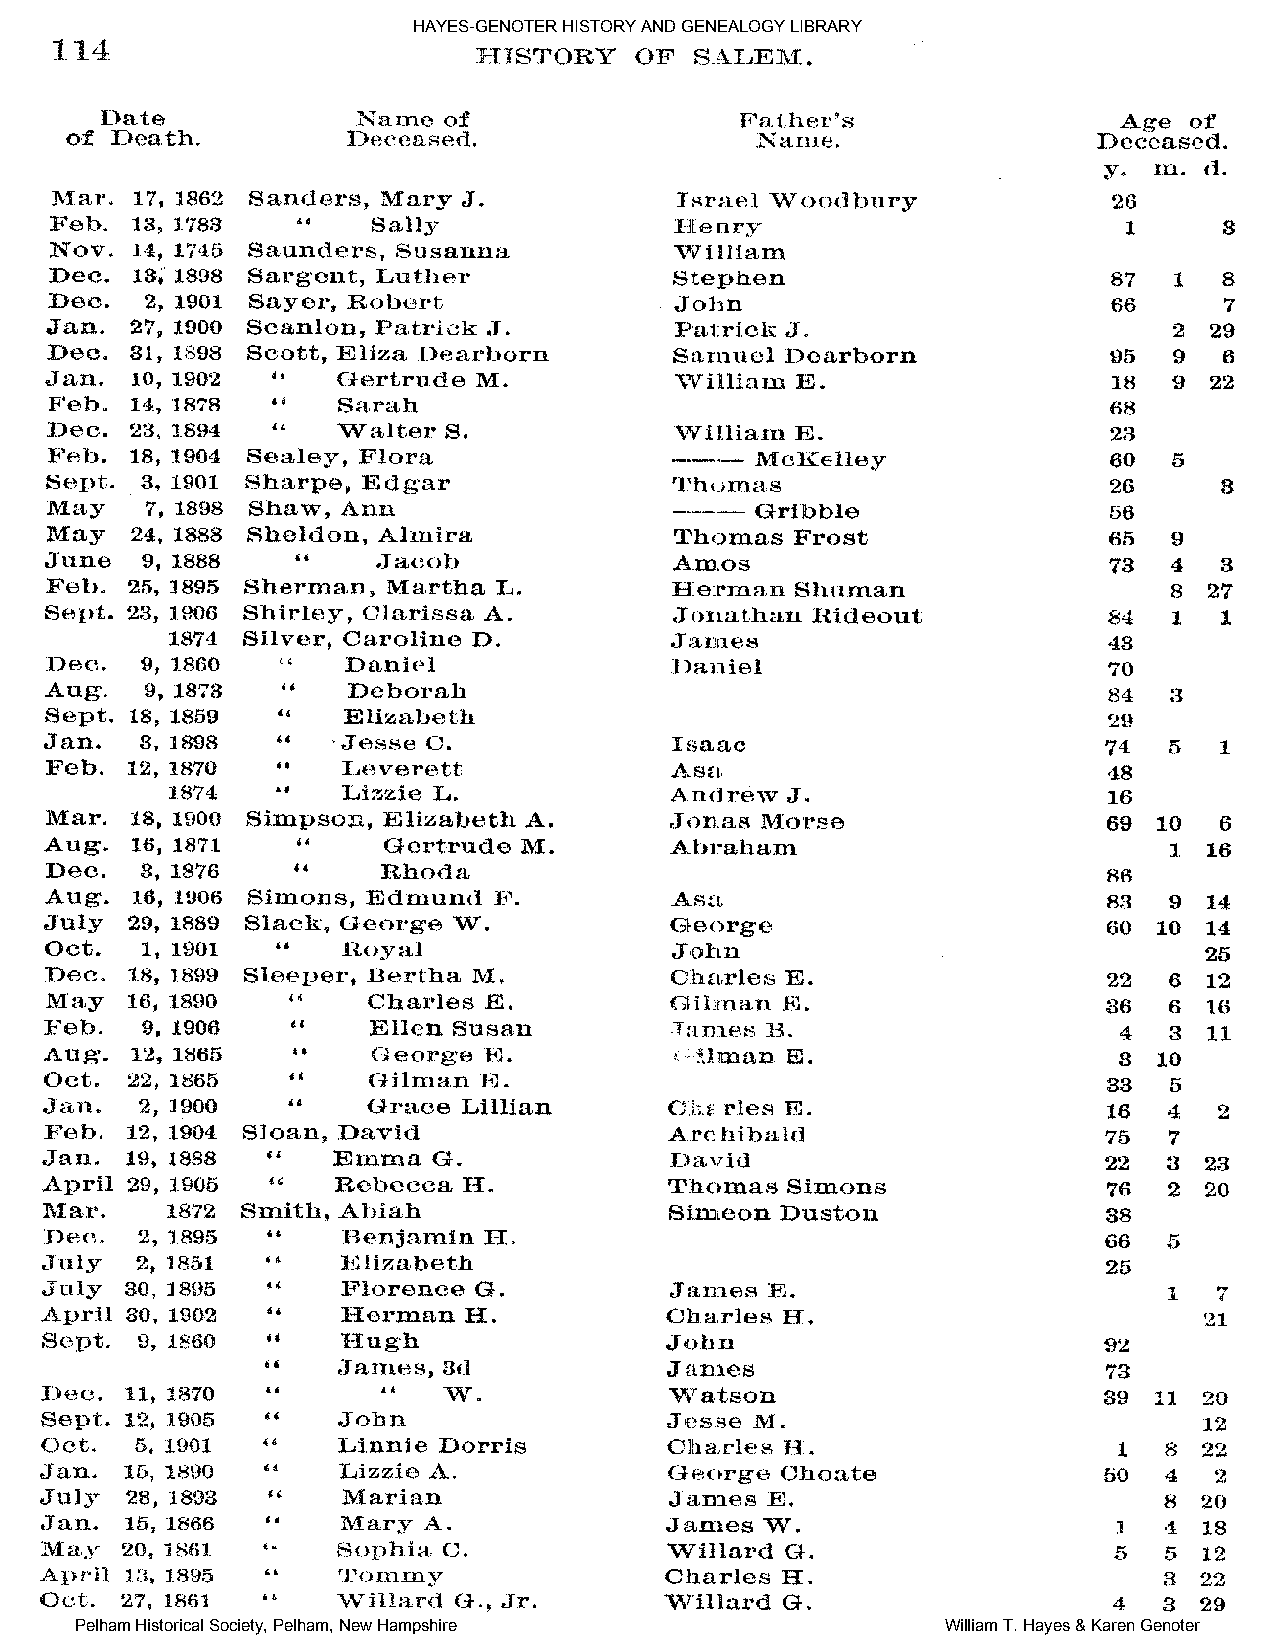
HAYES-GENOTER HISTORY AND GENEALOGY LIBRARY
 Pelham Historical Society, Pelham, New Hampshire          William T. Hayes & Karen Genoter